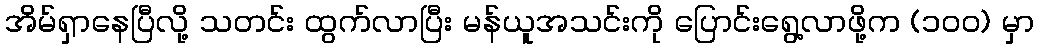
အိမ်ရှာနေပြီလို့ သတင်း ထွက်လာပြီး မန်ယူအသင်းကို ပြောင်းရွေ့လာဖို့က (၁၀၀) မှာ